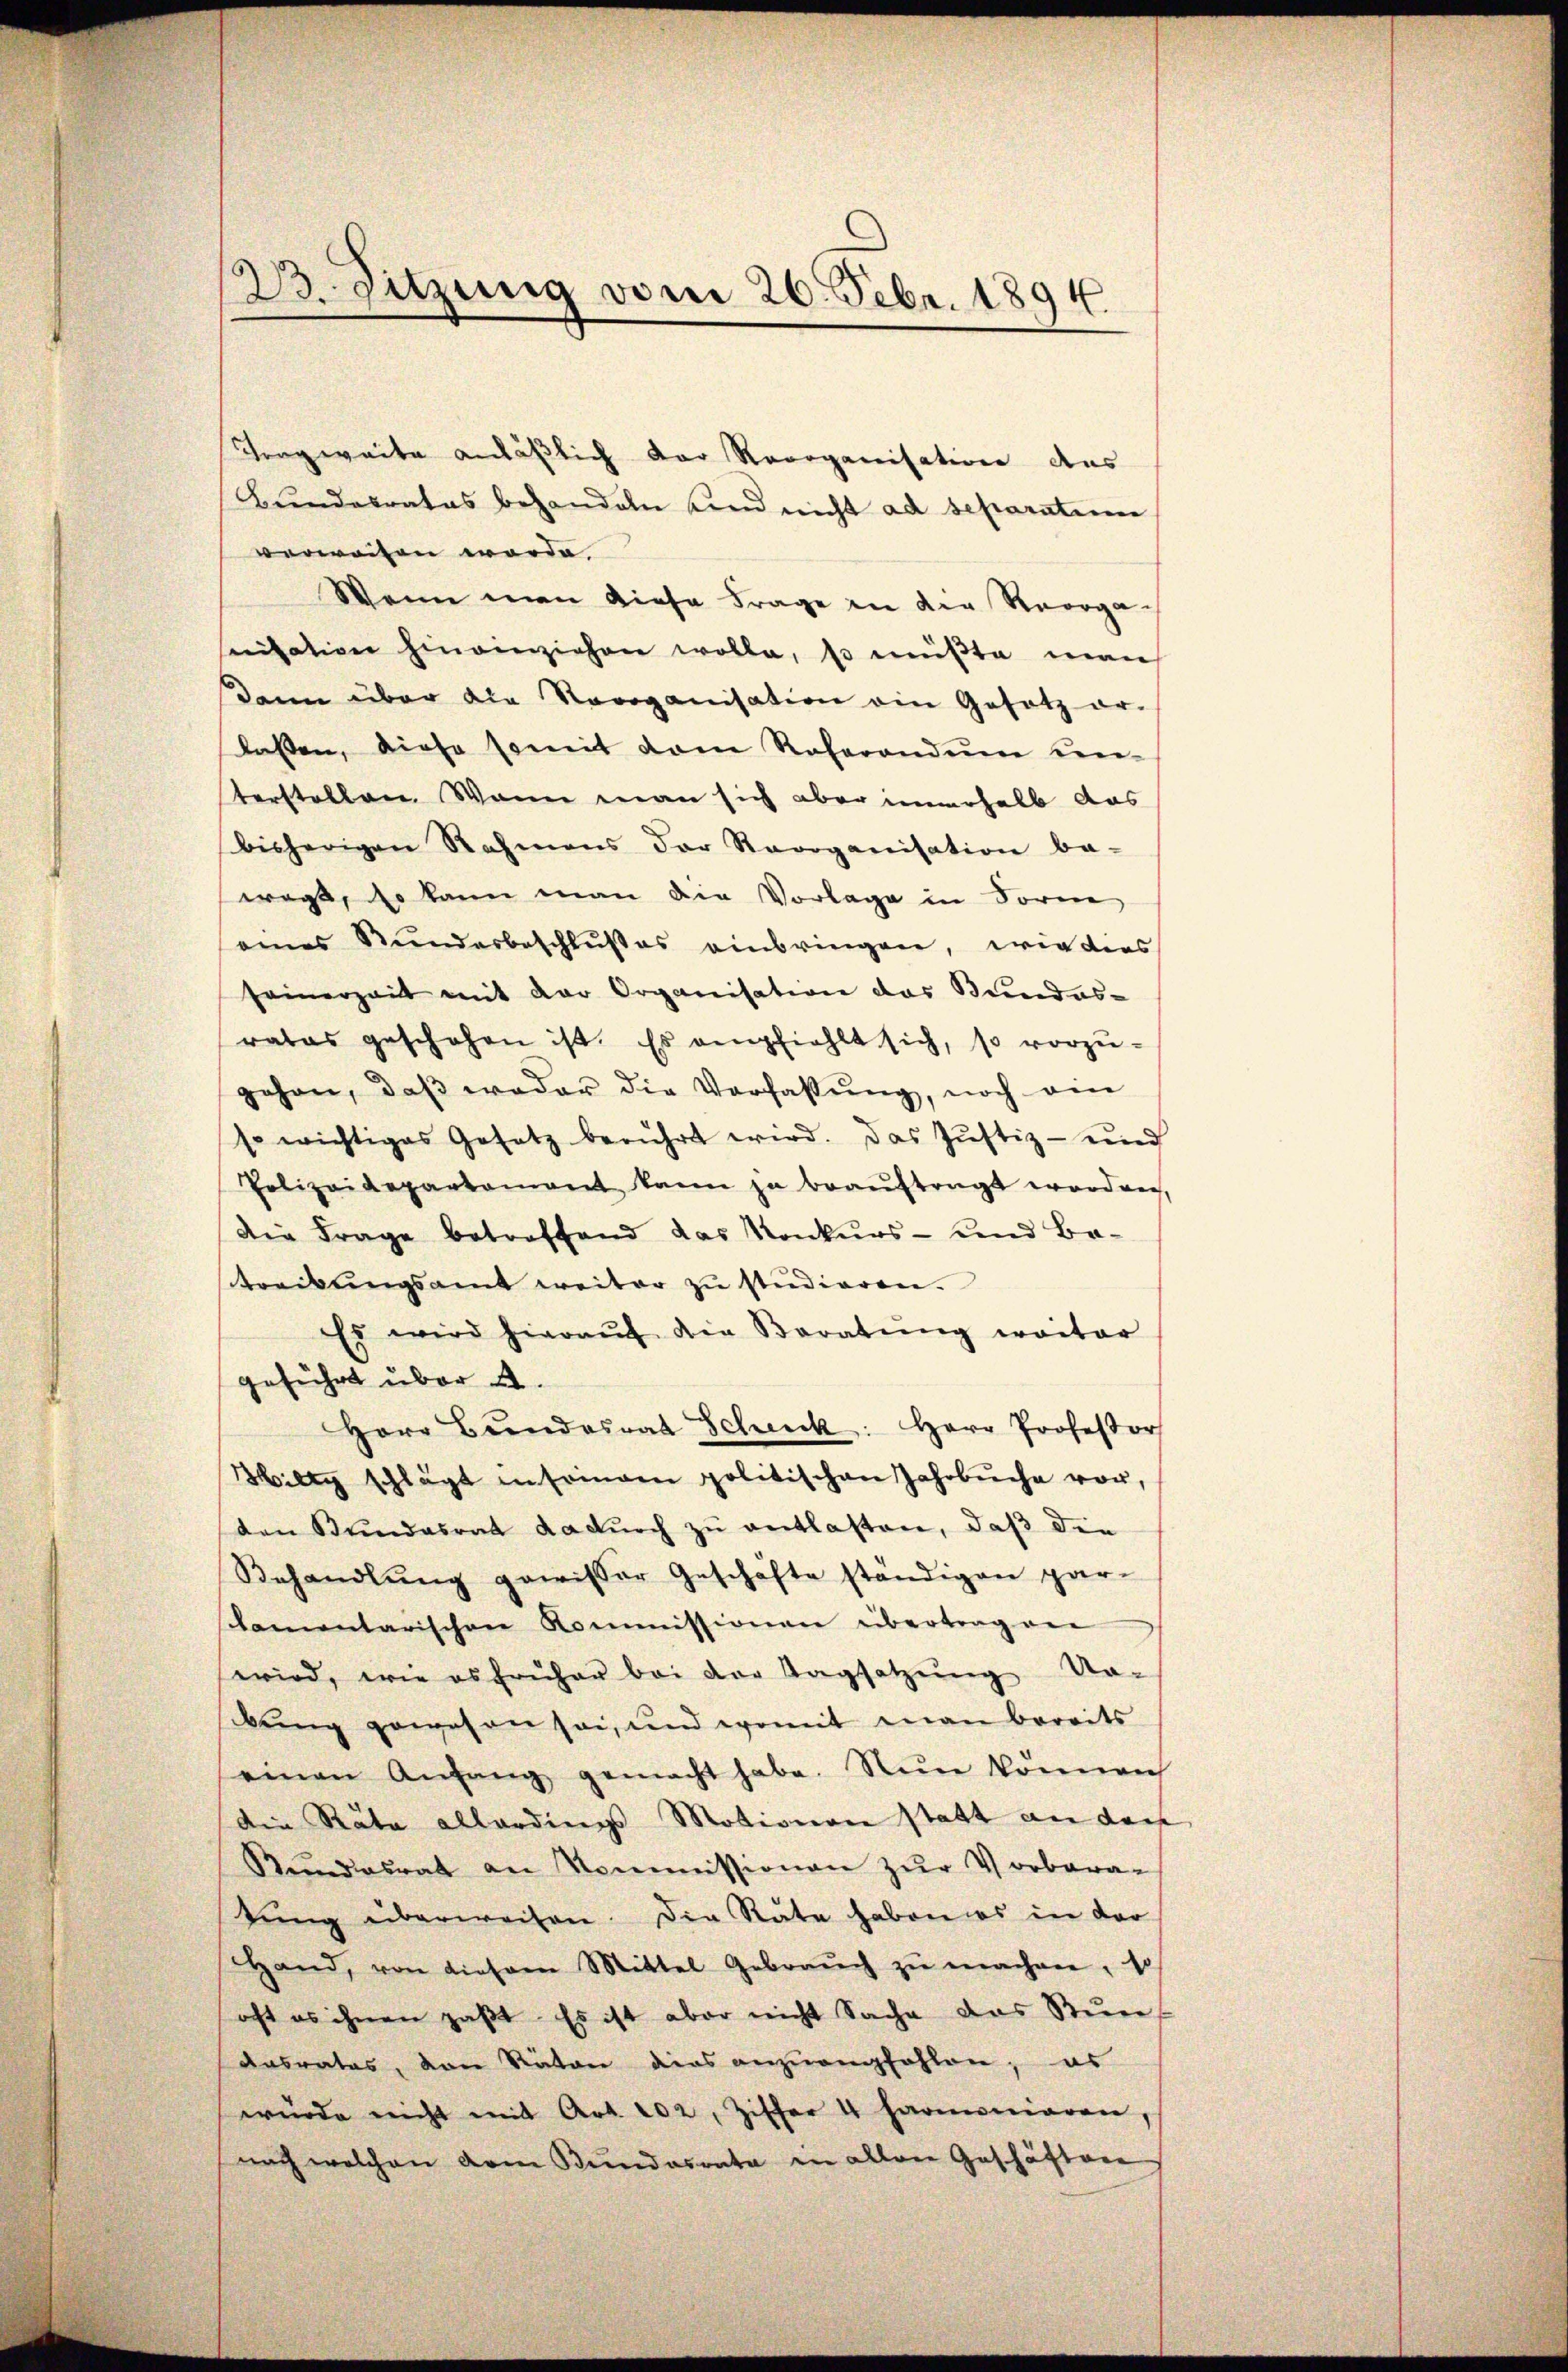
23. Sitzung vom 26. Febr. 1894.

Tragweite anläßlich der Reorganisation aus
Bŭndesrates behandeln und nicht ad separation
verweiten werde.
Wenn man diese Frage in die Reorga-
serisation hineinziehen wolle, so müßte man
dann über die Roroganisation ein Gesetz er-
lassen, diese somit dem Referandum unterstellen. Wann man sich aber immerhalb das
bisherigen Rahmens der Reorganisation be-
wagt, so kann man die Vorlage in Form
eines Stundesbeschlußes einbringen, wie ders
seinerzeit mit der Organisation das Bundes-
rates geschehen ist. Es empfiehlt sich, so vorzŭ-
gehen, daβ weder die Verfassŭng, noch ein
so wichtiges Gesetz berührt wird. Das Jŭstiz- und
Polizeidepartement kann ja beaŭftragt worden,
Die Frage betreffend das Konkurs- und Batreibŭngsamt weiter zŭ studieren.
Es wird hieraŭf die Beratŭng weiter
geführt über 2.
Herr Bundesrat Scheck: Herr Professor
Billy schlägt in seien politischen Jahrbuche vor,
ten Bŭndesrat dadŭrch zŭ entlasten, daß die
Behandlŭng gewisser Geschäfte ständigen par-
kamentarischen Kommissionen übertragene
wird, wie es früher bei der Tagsatzŭng Na-
bung gewesen sei, und womit man bereits
einen Anfang gemacht habe. Nun können
Die Räte allerdings Motionen statt an den
Rŭndesrat an Kommissionen zŭr Vorbaratŭng überweisen. Die Räte haben es in der
Hand, von diesem Mittel Gebraŭch zŭ machen, so
oft es ihnen paβt. Es ist aber nicht Sache das Stŭn-
Aasrates, von Räten dies anzuempfohlen; es
würde nicht mit Art. 202, Ziffer 4 harmonieren,
nach welchen vom Bundesrata in allen Geschäften